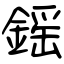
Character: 鎐